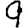
Digit: 9